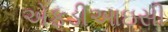
એફડીઆઇસી